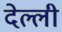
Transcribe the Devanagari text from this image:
देल्ली